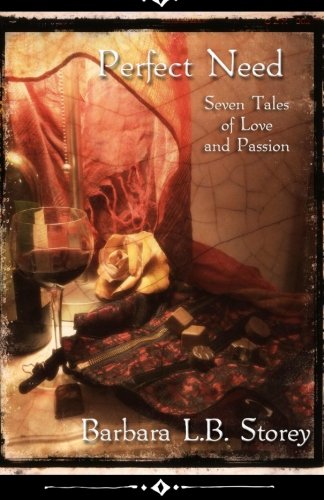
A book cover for Perfect Need - Seven Tales of Love and Passion; Barbara L.B. Storey; Romance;